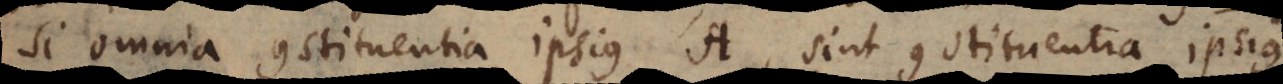
si omnia constituentia ipsius A, sint constituentia ipsius